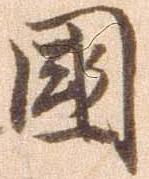
国